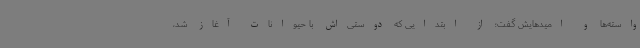
واسته‌ها و امیدهایش گفت؛ از ابتدایی که دوستی‌اش با حیوانات آغاز شد،